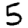
Digit: 5